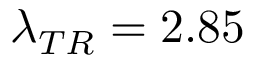
\lambda _ { T R } = 2 . 8 5